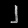
Digit: ၂